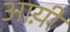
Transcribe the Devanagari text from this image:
आय़ी